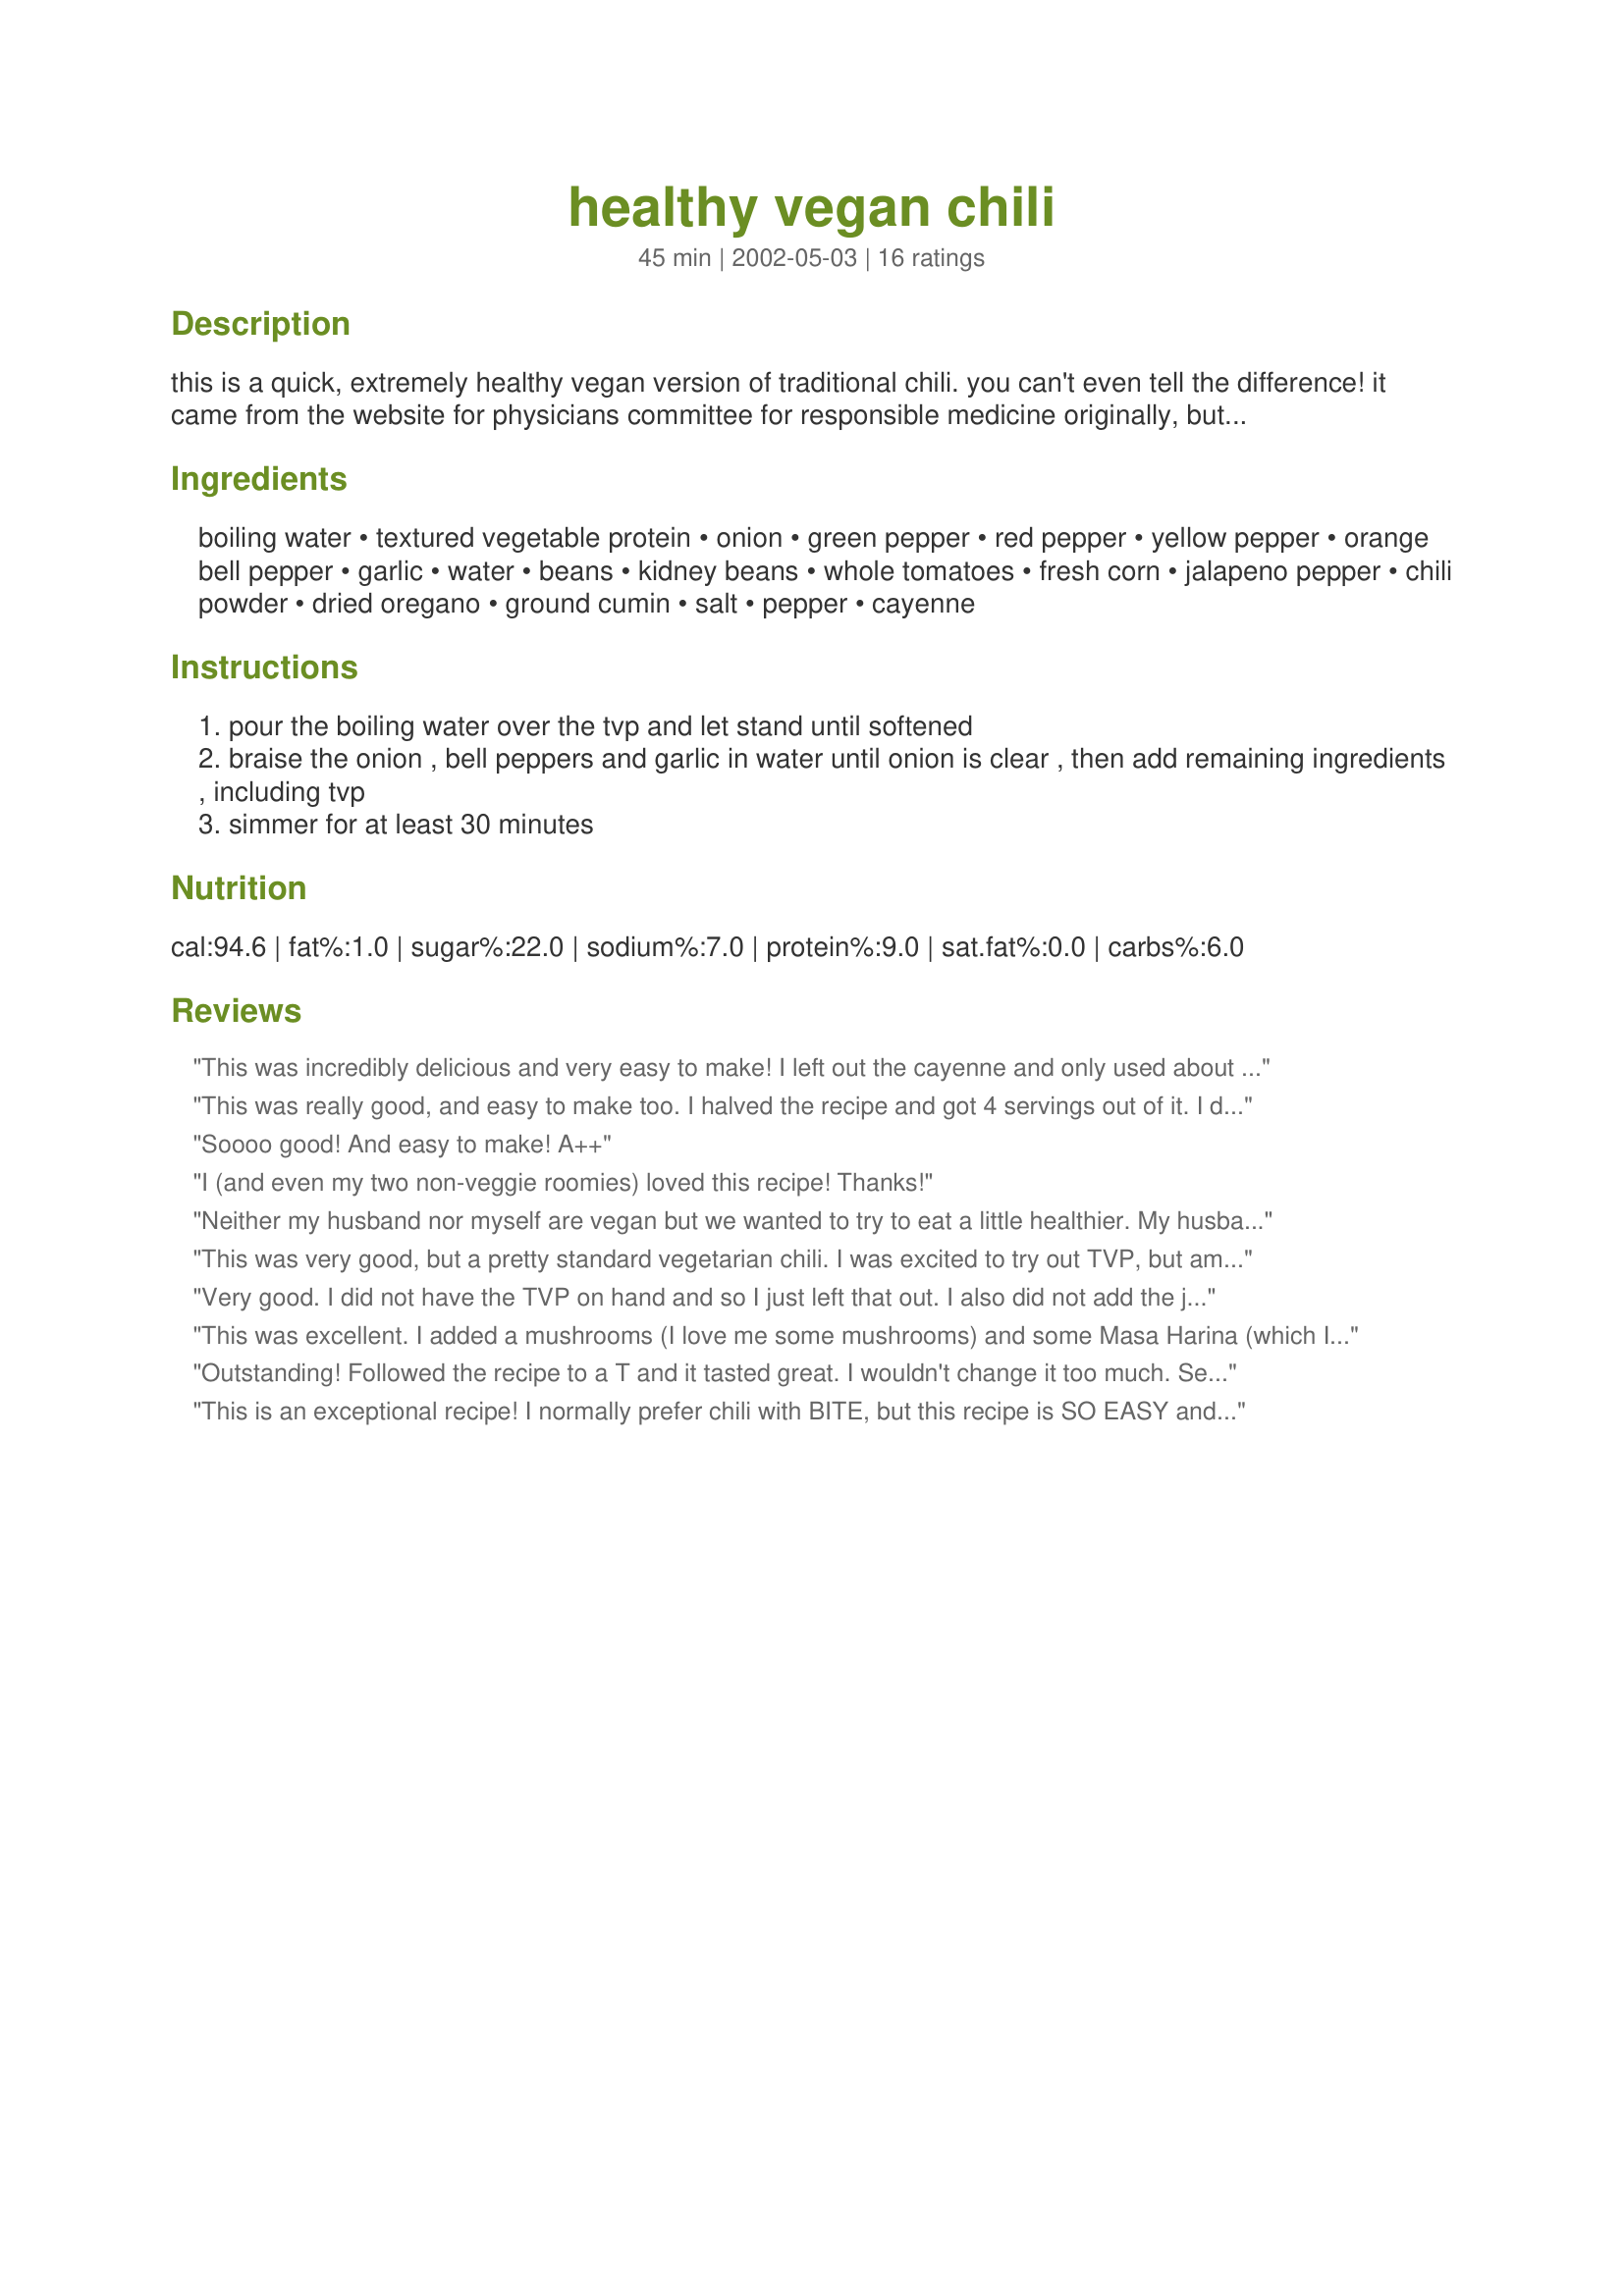
healthy vegan chili
Preparation time: 45 minutes

this is a quick, extremely healthy vegan version of traditional chili. you can't even tell the difference! it came from the website for physicians committee for responsible medicine originally, but i tweaked a little to make it even healthier.

Ingredients:
boiling water, textured vegetable protein, onion, green pepper, red pepper, yellow pepper, orange bell pepper, garlic, water, beans, kidney beans, whole tomatoes, fresh corn, jalapeno pepper, chili powder, dried oregano, ground cumin, salt, pepper, cayenne

Steps:
pour the boiling water over the tvp and let stand until softened
braise the onion , bell peppers and garlic in water until onion is clear , then add remaining ingredients , including tvp
simmer for at least 30 minutes

Reviews:
This was incredibly delicious and very easy to make! I left out the cayenne and only used about 1/2 t of chili powder, because I am a chicken of spicy foods. It was so yummy! I know I will make it again soon!
This was really good, and easy to make too. I halved the recipe and got 4 servings out of it. I didn't bother using 4 different colours of peppers, and I left out the optional jalapeno. I served with low fat cornbread, and it was delicious! I love an easy, healthy, hearty meal like this.
Soooo good! And easy to make! A++
I (and even my two non-veggie roomies) loved this recipe! Thanks!
Neither my husband nor myself are vegan but we wanted to try to eat a little healthier. My husband ate all of these leftovers so fast he wants another batch made only 5 days after the first! This chili is delicious! We substituted tofu crumbles for the TVP and added a little more spice but the rest is just perfect!
This was very good, but a pretty standard vegetarian chili. I was excited to try out TVP, but among the beans and all the veggies, I didn't even notice it. I, like Cornelia, didn't use all the colored peppers- I did add a little carrot and some celery. I used about 2 1/2 cans equivalent of cooked black beans, cannellini beans and red beans. Lovely colors- nice flavors- overall, a good recipe to make your standard veggie chili.
Very good. I did not have the TVP on hand and so I just left that out. I also did not add the jalapeno but perhaps I should have. I felt that it could have used a little more spice and a little more zip. I will definitely make this again and just play around a bit with the spices. Very glad that there are left overs available for the rest of the week. Thanks Moody!
This was excellent. I added a mushrooms (I love me some mushrooms) and some Masa Harina (which I always do to chili). Next time I think I&#039;ll toss in a chipotle to add some bite, but even without it, this was still terrific.
Outstanding! Followed the recipe to a T and it tasted great. I wouldn't change it too much. See my other reviews if you are looking for healthy recipes.
This is an exceptional recipe! I normally prefer chili with BITE, but this recipe is SO EASY and FLAVORFUL that it is a crowd pleaser! I am not Vegan, nor are the crowds I serve it to, but I have had no complaints on this chili to date and with the TVP, no one even realizes they aren't eating meat! :) 

Also great on the pocketbook if making chili in quantity. It only takes about $0.45 worth of TVP...way better than the price of ground meat.

I have customized it to my preferences...Methods are the same, but here is the ingredient list I use...

1/2 can Veggie Broth
1 c. TVP
1 Onion
1/2 each Gr, Orange, Yellow & Red Bell Peppers
4 cloves Garlic, Minced
1 1/2 can Veggie Broth
1 can Great Norther Beans
1 can Kidney Beans
2 cans Stewed Tomatoes 
 w/Onion/Celery/Pepper
3.5 T Chili Powder
3 T Paprika
1 T Oregano
1 T Cumin
1 t Cayenne
1/2 t White Pepper
Salt
Pepper
Tweaked this recipe a bit, mostly to add heat, but overall this is a great recipe. The fresh corn really makes a difference. Freezes wonderfully, so it's a great way to enjoy fresh summer veggies during chili season. Even my husband and son, both of whom consider a slab of meat to be a "meal," rave about this dish.
Overall, a pretty good chili recipe. It was quick and easy to put together. I wasn't sure whether or not to drain the beans, in the end, I didn't and it was a little soupy and beany tasting. I added an extra 1/2 cup of TVP to help thicken it as well as some nutritional yeast and tomato paste. I left out the corn, added 1/2 tsp of cayenne in addition to the jalapeno to help with the heat though I probably could have upped quantities of both. Definitely better as it sits, I would make this again. Thanks.
fantastic! Husband said, "I'm having a hard time telling it's not real meat". We're on a vegan diet for 4 weeks trying to get his cholesterol level down. I doubled the TVP which made it more like real chili to us and used dry beans instead of canned, soaking them overnight, then cooking them on the stove for 2 hours, doing a quick drain and adding to the chili. Other than that, I followed the recipe to the T. Delicious. Thanks, Moody.
Great recipe! So easy to put together, tastes delicious and perfect for fall. I used red and green peppers, 1 1/2 t of chili powder, chili beans for the mixed beans and more veggie broth to make it a little soupier. Thanks for sharing the great keeper recipe
So colorful...really as the saying goes that one eats with the eyes first...this chili is a feast for the eye- !!! a treat visually and for the tongue and tummy as well (palette & pallet!! :)...A wonderful blend of peppers...(use the jalapeno!!!!-for me in a "chili" that is not "optional" but A MUST!!!-{{but that's me:) }} - a lovely mix of sweet and spice...I used a fabulous bouquet of beans (black, pink, white and dark red!!! ) the TVP lends excellent texture with no grease to cloud the beautiful picture...I added extra garlic, cumin, oregano and LOTS of CHIPOTLE :)- 
I served it over a bed of couscous and baby spinach... Filling & Fantastic - Thanks Moody :) - a five star FAV!!!
Very good recipe thanks! I used quinoa in place of tvp and it turned out fab. Even my non vegan bf liked it with a little soy cheese melted on top :)
